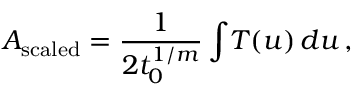
{ \cal A } _ { \mathrm { s c a l e d } } = { \frac { 1 } { 2 t _ { 0 } ^ { 1 / m } } } \int \! T ( u ) \, d u \, ,